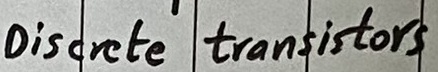
Text: Discrete transistors